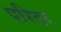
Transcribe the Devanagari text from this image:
परिदर